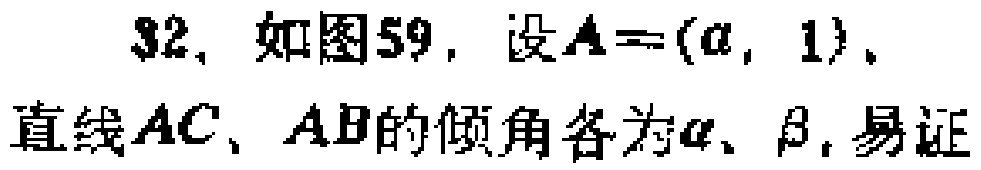
32. 如图59，设\(A=(a,1)\)，直线\(AC\)、\(AB\)的倾角各为\(\alpha\)、\(\beta\)，易证